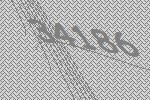
34186